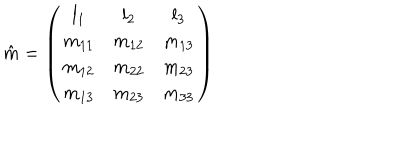
LaTeX: \hat { m } = \left( \begin{array} { c c c } { { l _ { 1 } } } & { { l _ { 2 } } } & { { l _ { 3 } } } \\ { { m _ { 1 1 } } } & { { m _ { 1 2 } } } & { { m _ { 1 3 } } } \\ { { m _ { 1 2 } } } & { { m _ { 2 2 } } } & { { m _ { 2 3 } } } \\ { { m _ { 1 3 } } } & { { m _ { 2 3 } } } & { { m _ { 3 3 } } } \\ \end{array} \right)